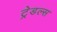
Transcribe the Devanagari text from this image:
ट्रेडल्स